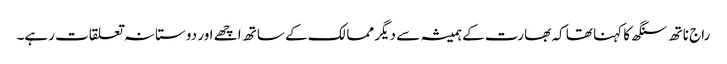
راج ناتھ سنگھ کا کہنا تھا کہ بھارت کے ہمیشہ سے دیگر ممالک کے ساتھ اچھے اور دوستانہ تعلقات رہے۔